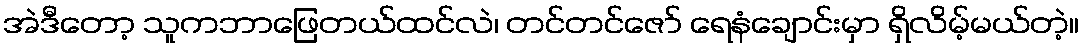
အဲဒီတော့ သူကဘာဖြေတယ်ထင်လဲ၊ တင်တင်ဇော် ရေနံချောင်းမှာ ရှိလိမ့်မယ်တဲ့။